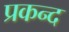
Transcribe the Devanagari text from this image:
प्रकन्द